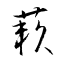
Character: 藾